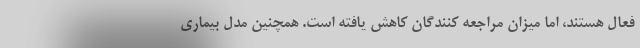
فعال هستند، اما میزان مراجعه کنندگان کاهش یافته است. همچنین مدل بیماری